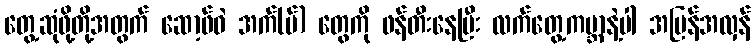
တွေ့ဆုံဖို့တို့အတွက် ဆော့ဖ်ဝဲ အက်(ပ်) တွေကို ဖန်တီးနေပြီး လက်တွေ့ကမ္ဘာနဲ့ပါ အပြန်အလှန်